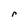
Character: r